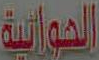
الحوائية